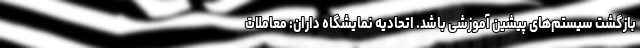
بازگشت سیستم‌های پیشین آموزشی باشد. اتحادیه نمایشگاه داران: معاملات